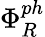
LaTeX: \Phi_{R}^{ph}